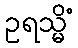
ဥရသ္မိံ